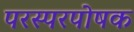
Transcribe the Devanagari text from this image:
परस्परपोषक